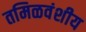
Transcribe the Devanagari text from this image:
तमिळवंशीय